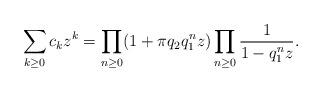
LaTeX: \begin{align*} \sum_{k \ge 0} c_k z^k = \prod_{n \ge 0} (1 + \pi q_2 q_1^nz) \prod_{n \ge 0} \frac{1}{1-q_1^nz}. \end{align*}